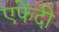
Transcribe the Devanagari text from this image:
एफेंदी